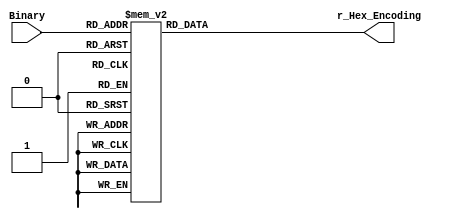
module Binary_To_7Segment (
    input [3:0] Binary,//
    output reg[6:0] r_Hex_Encoding//
);
always @(*) begin
case (Binary)
  4'b0000 : r_Hex_Encoding = 7'h3f;//0111111 0
  4'b0001 : r_Hex_Encoding = 7'h06;//0000110 1
  4'b0010 : r_Hex_Encoding = 7'h5b;//2
  4'b0011 : r_Hex_Encoding = 7'h4f;//3
  4'b0100 : r_Hex_Encoding = 7'h66;//4       
  4'b0101 : r_Hex_Encoding = 7'h6d;//5
  4'b0110 : r_Hex_Encoding = 7'h7d;//6
  4'b0111 : r_Hex_Encoding = 7'h07;//7
  4'b1000 : r_Hex_Encoding = 7'h7f;//8
  4'b1001 : r_Hex_Encoding = 7'h6f;//9
  default : r_Hex_Encoding = 7'h3f;//0
endcase
end

endmodule //Binary_To_7Segment